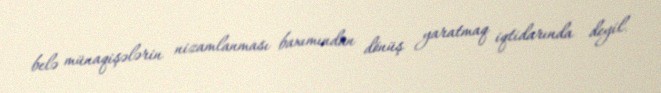
belə münaqişələrin nizamlanması baxımından dönüş yaratmaq iqtidarında deyil.